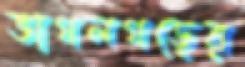
ভাগলগড়ের